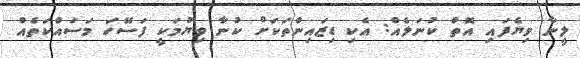
ލީނާ ވިޔެފައި އޮތް ކުނަލެއް: އެކިި ޑިޒައިންތަކަށް ކުނާ ވިޔުމަކީ ފަސޭހަ މަސައްކަތެއް